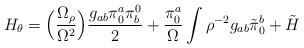
LaTeX: \begin{align*}H_\theta=\Bigl({\Omega_\rho\over \Omega^2}\Bigr){g_{ab}\pi^a_0\pi_b^0\over 2} +{\pi^a_0\over\Omega}\int\rho^{-2}g_{ab}\tilde\pi^b_0+\tilde H\end{align*}